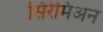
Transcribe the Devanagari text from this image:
सिरेमिअन